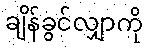
ချိန်ခွင်လျှာကို